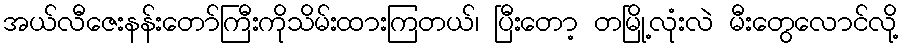
အယ်လီဇေးနန်းတော်ကြီးကိုသိမ်းထားကြတယ်၊ ပြီးတော့ တမြို့လုံးလဲ မီးတွေလောင်လို့